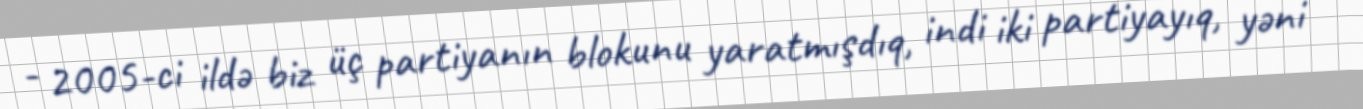
- 2005-ci ildə biz üç partiyanın blokunu yaratmışdıq, indi iki partiyayıq, yəni